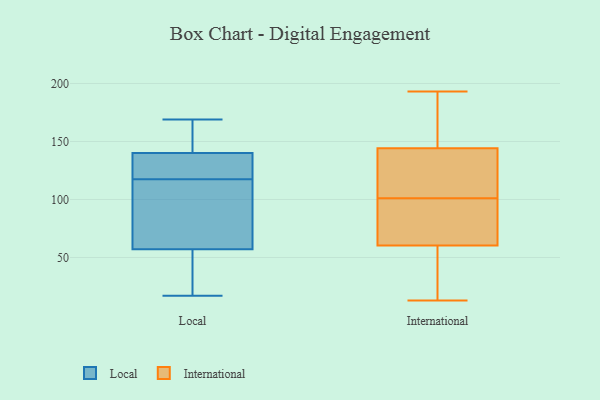
{"axis": {"x": "LTV (USD)", "y": "Value"}, "legend": ["International", "Local"], "data": [{"x": "", "y": 169, "type": "Local"}, {"x": "", "y": 83, "type": "Local"}, {"x": "", "y": 127, "type": "Local"}, {"x": "", "y": 131, "type": "Local"}, {"x": "", "y": 166, "type": "Local"}, {"x": "", "y": 138, "type": "Local"}, {"x": "", "y": 72, "type": "Local"}, {"x": "", "y": 40, "type": "Local"}, {"x": "", "y": 46, "type": "Local"}, {"x": "", "y": 89, "type": "Local"}, {"x": "", "y": 57, "type": "Local"}, {"x": "", "y": 142, "type": "Local"}, {"x": "", "y": 150, "type": "Local"}, {"x": "", "y": 140, "type": "Local"}, {"x": "", "y": 17, "type": "Local"}, {"x": "", "y": 133, "type": "Local"}, {"x": "", "y": 108, "type": "Local"}, {"x": "", "y": 24, "type": "Local"}, {"x": "", "y": 144, "type": "International"}, {"x": "", "y": 43, "type": "International"}, {"x": "", "y": 111, "type": "International"}, {"x": "", "y": 85, "type": "International"}, {"x": "", "y": 145, "type": "International"}, {"x": "", "y": 66, "type": "International"}, {"x": "", "y": 122, "type": "International"}, {"x": "", "y": 101, "type": "International"}, {"x": "", "y": 185, "type": "International"}, {"x": "", "y": 162, "type": "International"}, {"x": "", "y": 41, "type": "International"}, {"x": "", "y": 13, "type": "International"}, {"x": "", "y": 119, "type": "International"}, {"x": "", "y": 76, "type": "International"}, {"x": "", "y": 21, "type": "International"}, {"x": "", "y": 91, "type": "International"}, {"x": "", "y": 193, "type": "International"}]}